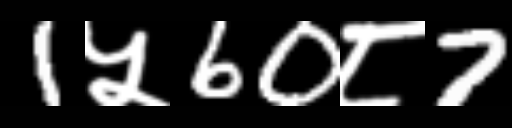
Text: 1५60८7